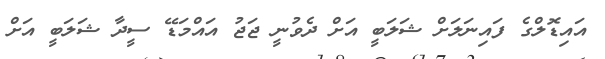
އައިޑޮލްގެ ފައިނަލަށް ޝަލަބީ އަށް ދެވުނީ ޖަޖު އައްމަޑޭ ސީދާ ޝަލަބީ އަށް